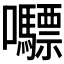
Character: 𭍇